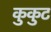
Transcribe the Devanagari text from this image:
कुकुट